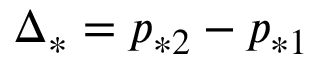
\Delta _ { * } = p _ { * 2 } - p _ { * 1 }